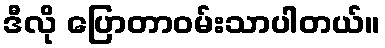
ဒီလို ပြောတာဝမ်းသာပါတယ်။